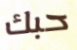
حبك